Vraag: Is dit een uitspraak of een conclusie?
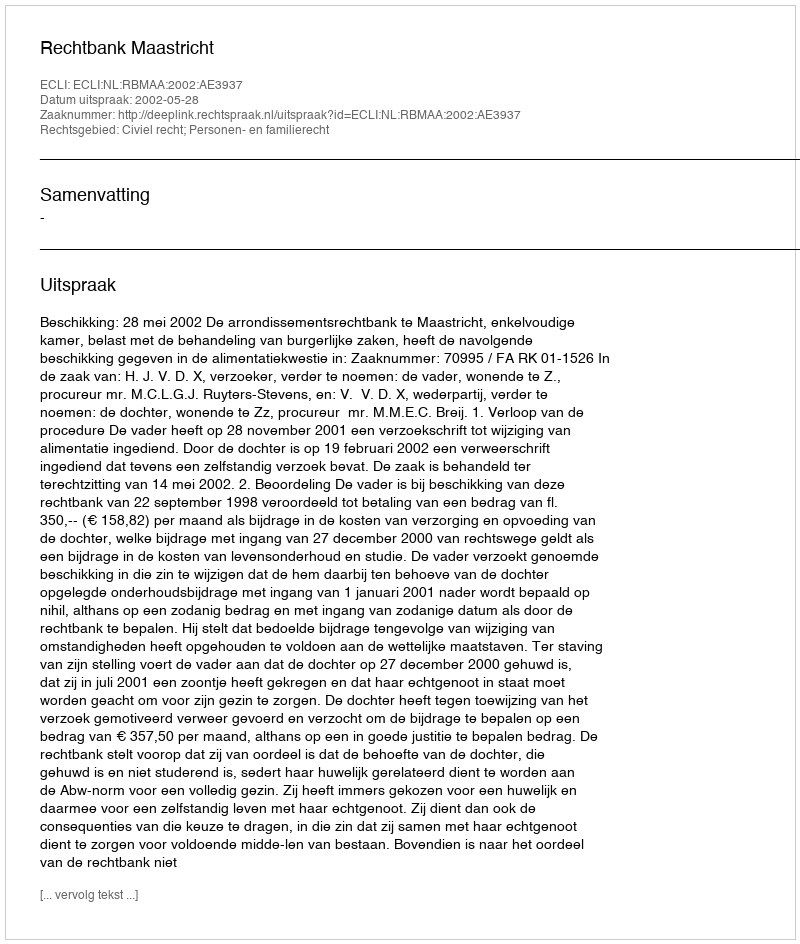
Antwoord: Uitspraak